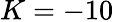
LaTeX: K=-10